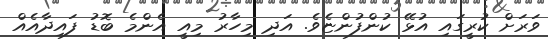
ވަރަށް ކުރީގައި އުޅޭ ކުންފުންޏެވެ. އަދި މިހާރު މިއީ އެންމެ ބޮޑު ފައިދާއެއް